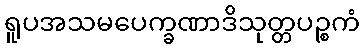
ရူပအသမပေက္ခဏာဒိသုတ္တပဉ္စကံ